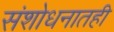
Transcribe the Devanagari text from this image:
संशोधनातही